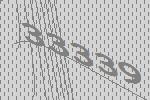
33339